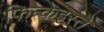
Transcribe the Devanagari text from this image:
फिन्केइस्तें